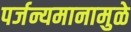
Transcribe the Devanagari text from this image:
पर्जन्यमानामुळे